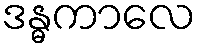
ဒန္ဓကာလေ